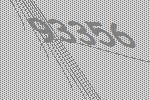
93356